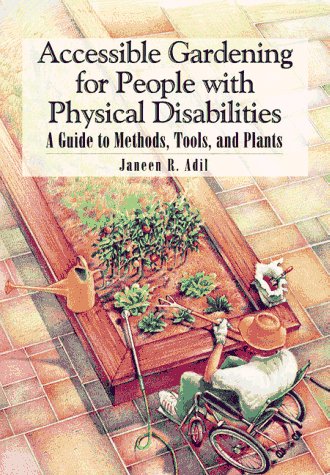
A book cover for Accessible Gardening for People With Physical Disabilities: A Guide to Methods, Tools, and Plants; Janeen R. Adil; Health, Fitness & Dieting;